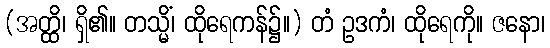
(အတ္ထိ၊ ရှိ၏။ တသ္မိံ၊ ထိုရေကန်၌။) တံ ဥဒကံ၊ ထိုရေကို။ ဇနော၊